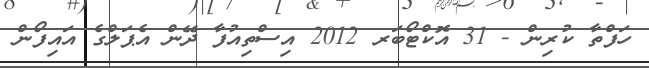
ހަފްތާ ކުރިން - 31 އޮކްޓޯބަރ 2012 އިސްތިއުފާ ދޭން އެޕަލްގެ އައިފޯން